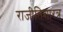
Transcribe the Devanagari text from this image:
राजीतिशारत्र